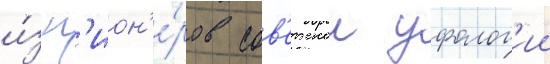
и́з п'ион'е́ров сов'етскои уфолог'ии